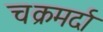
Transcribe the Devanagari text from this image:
चक्रमर्दा